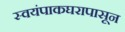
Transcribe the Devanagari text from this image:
स्वयंपाकघरापासून